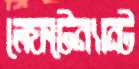
লেফটেন্যান্ট